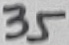
Text: 35